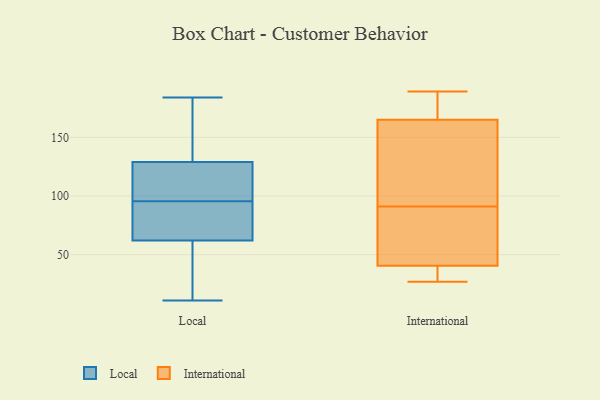
{"axis": {"x": "Demand Index", "y": "Value"}, "legend": ["International", "Local"], "data": [{"x": "", "y": 164, "type": "Local"}, {"x": "", "y": 54, "type": "Local"}, {"x": "", "y": 109, "type": "Local"}, {"x": "", "y": 149, "type": "Local"}, {"x": "", "y": 34, "type": "Local"}, {"x": "", "y": 70, "type": "Local"}, {"x": "", "y": 77, "type": "Local"}, {"x": "", "y": 57, "type": "Local"}, {"x": "", "y": 68, "type": "Local"}, {"x": "", "y": 184, "type": "Local"}, {"x": "", "y": 114, "type": "Local"}, {"x": "", "y": 88, "type": "Local"}, {"x": "", "y": 67, "type": "Local"}, {"x": "", "y": 120, "type": "Local"}, {"x": "", "y": 23, "type": "Local"}, {"x": "", "y": 103, "type": "Local"}, {"x": "", "y": 134, "type": "Local"}, {"x": "", "y": 124, "type": "Local"}, {"x": "", "y": 178, "type": "Local"}, {"x": "", "y": 11, "type": "Local"}, {"x": "", "y": 77, "type": "International"}, {"x": "", "y": 177, "type": "International"}, {"x": "", "y": 42, "type": "International"}, {"x": "", "y": 95, "type": "International"}, {"x": "", "y": 87, "type": "International"}, {"x": "", "y": 27, "type": "International"}, {"x": "", "y": 172, "type": "International"}, {"x": "", "y": 189, "type": "International"}, {"x": "", "y": 158, "type": "International"}, {"x": "", "y": 30, "type": "International"}, {"x": "", "y": 39, "type": "International"}, {"x": "", "y": 136, "type": "International"}]}